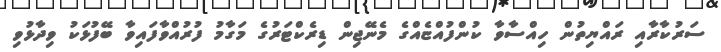
ސަރުކާރާއި ރައްޔިތުން ހިއްސާވާ ކުންފުއްޏެއްގެ މެނޭޖިން ޑިރެކްޓަރުގެ މަގާމު ފުރުއްވާފައިވާ ބޭފުޅަކު ވިދާޅުވި